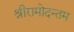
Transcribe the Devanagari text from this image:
श्रीरामोदन्तम